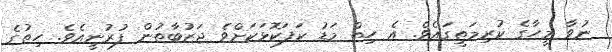
ނުވާ މީހާގެ ކުރިމަތީގައެވެ. އެ ހިތް މަޑު ކަފަކޮޅަކަށްވެ ޖަޒުބާތުން ފުރުނީއެވެ. ހިތުގެ